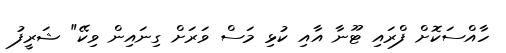
ހާއްސަކޮށް ފްރައި ޓޫނާ އާއި ކުޅި މަސް ވަރަށް ގިނައިން ވިކޭ" ޝަރީފު